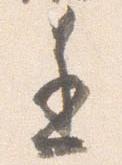
進